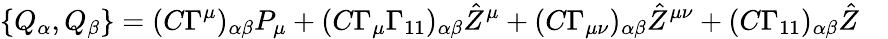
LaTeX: \{ Q_{\alpha},Q_{\beta}\} =(C\Gamma^{\mu})_{\alpha\beta}P_{\mu}+(C\Gamma_{\mu}\Gamma_{11})_{\alpha\beta}{\hat{Z}}^{\mu}+(C\Gamma_{\mu\nu})_{\alpha\beta}{\hat{Z}}^{\mu\nu}+(C\Gamma_{11})_{\alpha\beta}{\hat{Z}}\quad